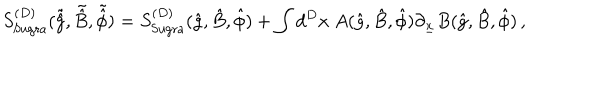
LaTeX: S _ { \mathrm { { S u g r a } } } ^ { ( D ) } ( \tilde { \hat { g } } , \tilde { \hat { B } } , \tilde { \hat { \phi } } ) = S _ { \mathrm { S u g r a } } ^ { ( D ) } ( \hat { g } , \hat { B } , \hat { \phi } ) + \int d ^ { D } x \ A ( \hat { g } , \hat { B } , \hat { \phi } ) \partial _ { \underline { { { x } } } } B ( \hat { g } , \hat { B } , \hat { \phi } ) \, ,